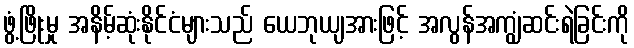
ဖွံ့ဖြိုးမှု အနိမ့်ဆုံးနိုင်ငံများသည် ယေဘုယျအားဖြင့် အလွန်အကျွံဆင်းရဲခြင်းကို